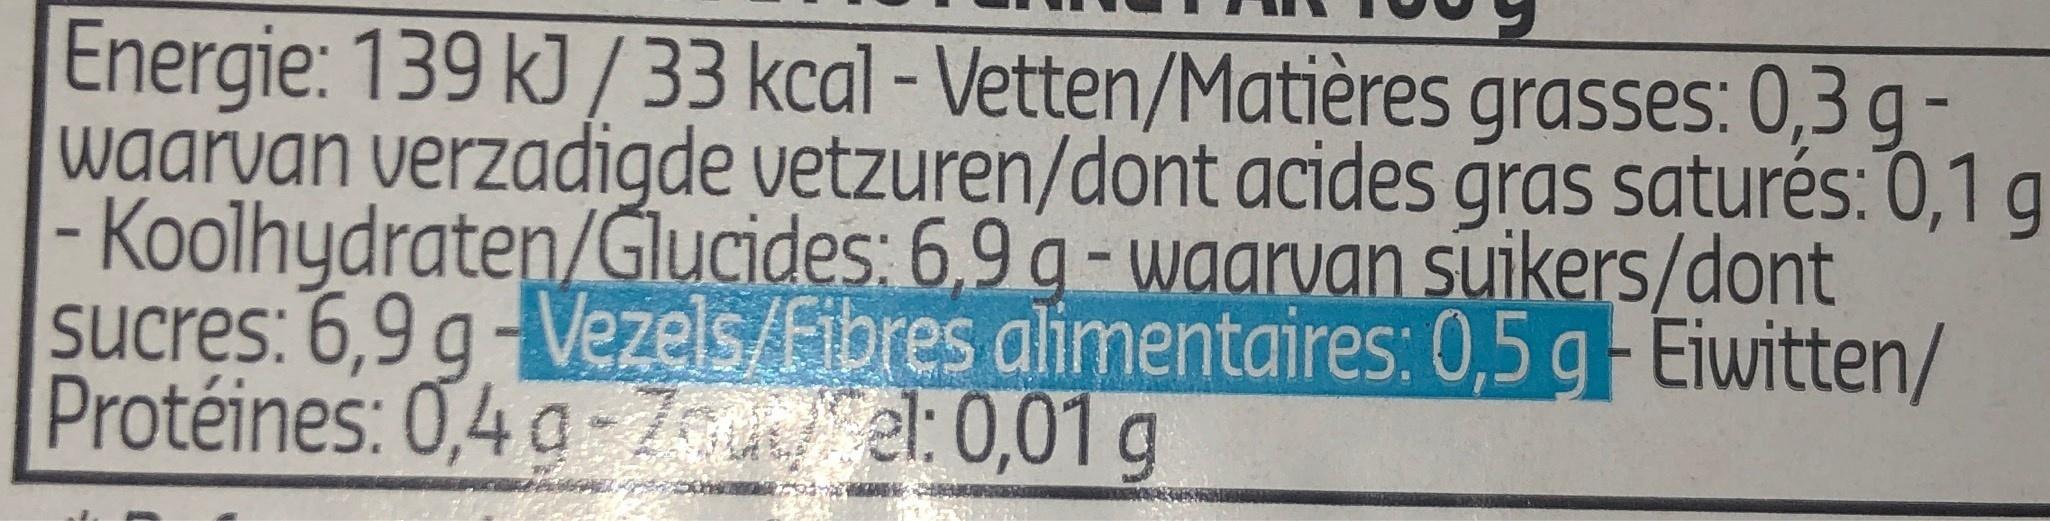
Energie: 139 kJ/33 kcal - Vetten/Matières grasses: 0,3g- waarvan verzadigde vetzuren/dont acides gras saturés: 0,1 g |-Koolhydraten/Glucides: 6,9 a-waarvan suikers/dont sucres: 6,9 g-Vezels/Fibres alimentaires: 0,5 g Eiwitten/ Protéines: 0,4 g-7sm0el:0,01 g